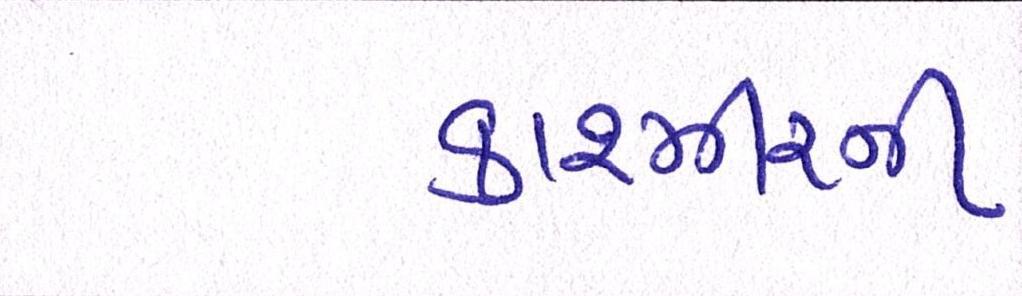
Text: કાશ્મીરની